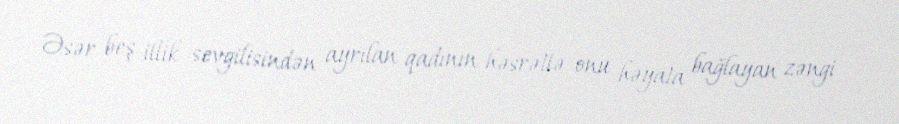
Əsər beş illik sevgilisindən ayrılan qadının həsrətlə onu həyata bağlayan zəngi